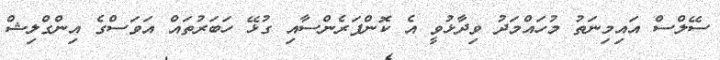
ސޭލްސް އައިމިނަތު މުހައްމަދު ވިދާޅުވީ އެ ކޮންފަރެންސާއި ގުޅޭ ހަބަރުތައް އަވަސްގެ އިންގްލިޝް